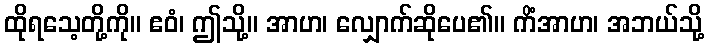
ထိုရသေ့တို့ကို။ ဧဝံ၊ ဤသို့။ အာဟ၊ လျှောက်ဆိုပေ၏။ ကိံအာဟ၊ အဘယ်သို့